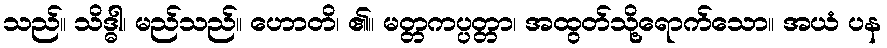
သည်။ သိဒ္ဓါ၊ မည်သည်။ ဟောတိ၊ ၏။ မတ္တကပ္ပတ္တာ၊ အထွတ်သို့ရောက်သော။ အယံ ပန